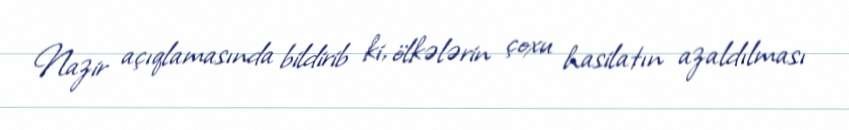
Nazir açıqlamasında bildirib ki, ölkələrin çoxu hasilatın azaldılması